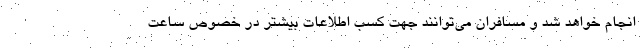
انجام خواهد شد و مسافران می‌توانند جهت کسب اطلاعات بیشتر در خصوص ساعت